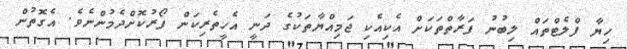
ހިޔާ ފްލެޓްތައް ލިބުނު ފަރާތްތަކަށް އެކިއެކި ޖަމިއްޔާތަކުގެ ދަނީ އެހީތެރިކަން ފޯރުކޮށްދެމުުންނެވެ. އެގޮތުން